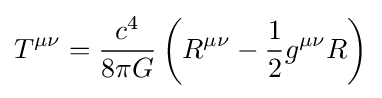
T^{\mu \nu }={c^{4} \over 8\pi G}\left(R^{\mu \nu }-{\frac {1}{2}}g^{\mu \nu }R\right)